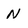
Character: N